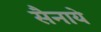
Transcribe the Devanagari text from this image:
सैनाये